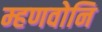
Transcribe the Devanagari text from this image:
म्हणवोनि